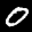
Label: 0